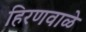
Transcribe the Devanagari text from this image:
हिरणवाळे